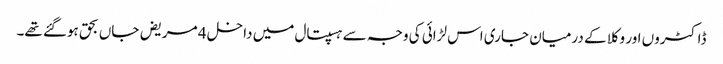
ڈاکٹروں اور وکلا کے درمیان جاری اس لڑائی کی وجہ سے ہسپتال میں داخل 4 مریض جاں بحق ہوگئے تھے۔